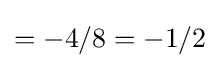
=-4/8=-1/2